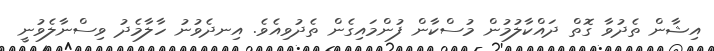
އިޝާން ތެދުވާ ގޮތް ދައްކާލުމުން މުސްކާން ފުންމައިގެން ތެދުވިއެވެ. އިނދެވުނު ހާލާމެދު ވިސްނާލެވުނީ